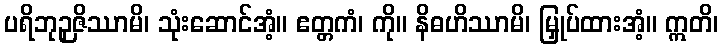
ပရိဘုဉှဇိဿာမိ၊ သုံးဆောင်အံ့။ ဧတ္တကံ၊ ကို။ နိဓဟိဿာမိ၊ မြှုပ်ထားအံ့။ ဣတိ၊